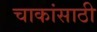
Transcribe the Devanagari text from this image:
चाकांसाठी